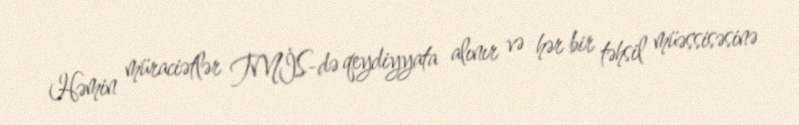
Həmin müraciətlər TMİS-də qeydiyyata alınır və hər bir təhsil müəssisəsinə